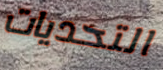
التحديات